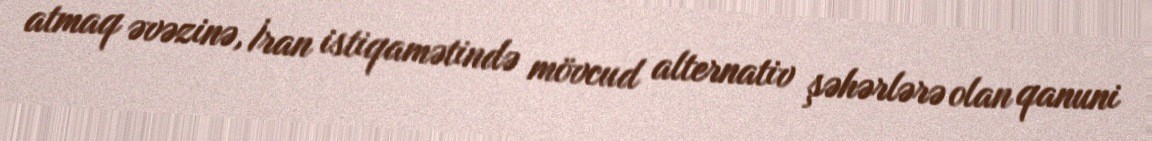
atmaq əvəzinə, İran istiqamətində mövcud alternativ şəhərlərə olan qanuni